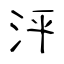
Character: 泙